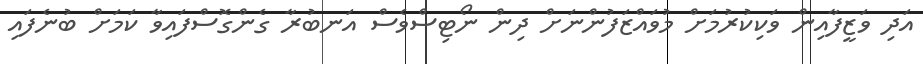
އަދި ވަޒީފާއިން ވަކިކުރުމަށް މުވައްޒަފުންނަށް ދިން ނޯޓިސްވެސް އަނބުރާ ގެންގޮސްފައިވާ ކަމަށް ބުނެފައި